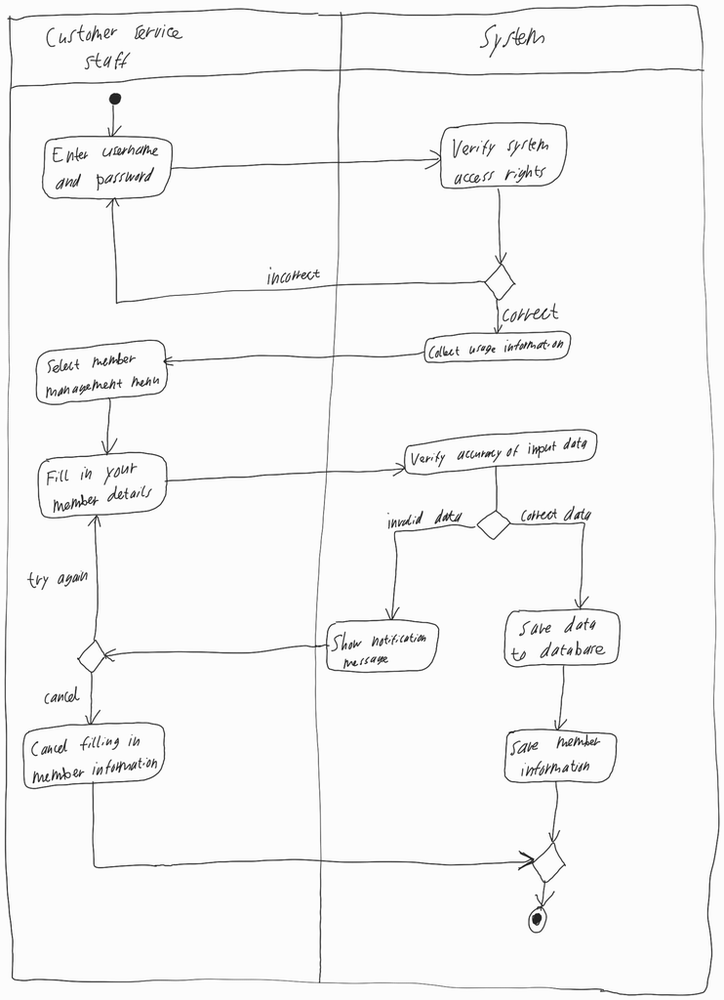
Diagram type: activity_diagram
```plantuml
@startuml

|Customer Service Staff|

start

repeat:Enter username and password;
  |System|
  :Verify system access rights;
repeat while () is (incorrect) not (correct)

:Collect usage information;

|Customer Service Staff|

:Select member management menu;

repeat:Fill in your member details;
  |System|
  :Verify accuracy of input data;
  if () then (invalid data)
    :Show notification message;
    |Customer Service Staff|
    if () then (cancel)
      |Customer Service Staff|
      :Cancel filling in member information;
      |System|
      stop
    endif
  else (correct data)
    |System|
    :Save data to database;
    :Save member information;
    stop
  endif
|Customer Service Staff|
repeat while () is (try again)

@enduml
```